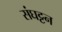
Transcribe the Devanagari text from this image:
संघट्टन